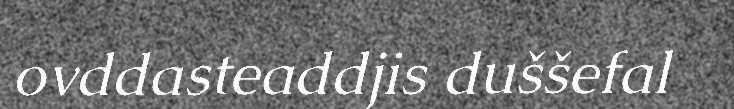
ovddasteaddjis duššefal